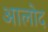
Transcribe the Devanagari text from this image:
आलोद